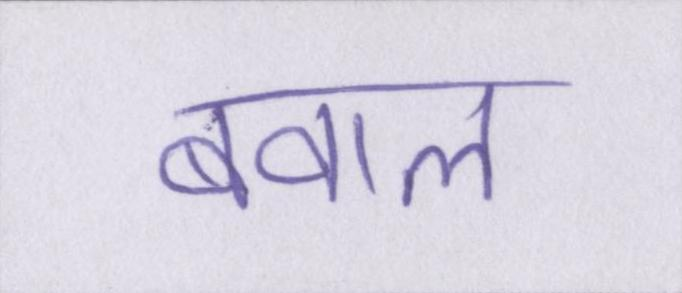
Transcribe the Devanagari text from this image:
बवाल